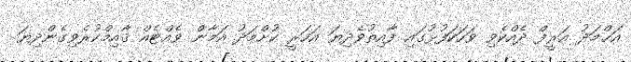
އަޙްމަދު އަރީފް ދެއްކެވި ވަހަކަފުޅުގައި ފާއިތުވެދިޔަ އަހަރީ ކުށްމަދު އަމާން ވެއްޓެއް ޤާއިމްކުރެވިގެންދިޔަ